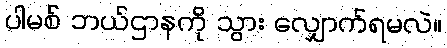
ပါမစ် ဘယ်ဌာနကို သွား လျှောက်ရမလဲ။